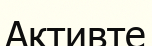
Активте